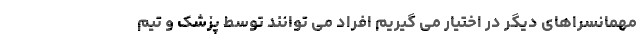
مهمانسراهای دیگر در اختیار می گیریم افراد می توانند توسط پزشک و تیم